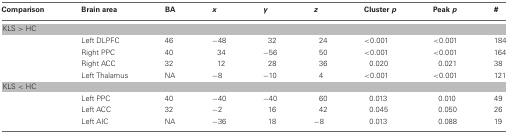
<table><thead><tr><td><b>Comparison</b></td><td><b>Brain area</b></td><td><b>BA</b></td><td><b><i>x</i></b></td><td><b><i>y</i></b></td><td><b><i>z</i></b></td><td><b>Cluster <i>p</i></b></td><td><b>Peak <i>p</i></b></td><td><b>#</b></td></tr></thead><tbody><tr><td colspan="9">KLS &gt; HC</td></tr><tr><td></td><td>Left DLPFC</td><td>46</td><td>−48</td><td>32</td><td>24</td><td>&lt;0.001</td><td>&lt;0.001</td><td>184</td></tr><tr><td></td><td>Right PPC</td><td>40</td><td>34</td><td>−56</td><td>50</td><td>&lt;0.001</td><td>&lt;0.001</td><td>164</td></tr><tr><td></td><td>Right ACC</td><td>32</td><td>12</td><td>28</td><td>36</td><td>0.020</td><td>0.021</td><td>38</td></tr><tr><td></td><td>Left Thalamus</td><td>NA</td><td>−8</td><td>−10</td><td>4</td><td>&lt;0.001</td><td>&lt;0.001</td><td>121</td></tr><tr><td colspan="9">KLS &lt; HC</td></tr><tr><td></td><td>Left PPC</td><td>40</td><td>−40</td><td>−40</td><td>60</td><td>0.013</td><td>0.010</td><td>49</td></tr><tr><td></td><td>Left ACC</td><td>32</td><td>−2</td><td>16</td><td>42</td><td>0.045</td><td>0.050</td><td>26</td></tr><tr><td></td><td>Left AIC</td><td>NA</td><td>−36</td><td>18</td><td>−8</td><td>0.013</td><td>0.088</td><td>19</td></tr></tbody></table>